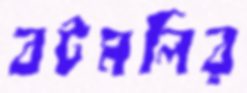
বটমলির